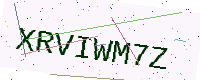
Text: XRVIWM7Z